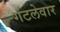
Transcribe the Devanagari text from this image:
गटलेवार